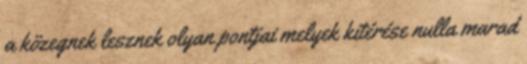
a közegnek lesznek olyan pontjai melyek kitérése nulla marad